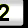
Digit: 2